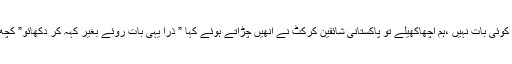
کچھ بھارتی شائقین کرکٹ نے اپنے دل کی تسلی کےلئے جب یہ کہا کہ کوئی بات نہیں ،ہم اچھاکھیلے تو پاکستانی شائقین کرکٹ نے انھیں چڑاتے ہوئے کہا ” ذرا یہی بات روئے بغیر کہہ کر دکھائو” کچھ نے یہ بھی کہا ” اور اب تمھارے پاس کہنے کےلئے بچا ہی کیا ہے” ۔